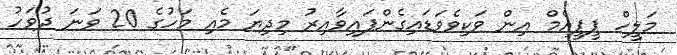
މަލީހް ޕީޕީއެމް އިން ވަކިވެވަޑައިގެންފައިވާއިރު މިދިޔަ މެއި މަހުގެ 20 ވަނަ ދުވަހު